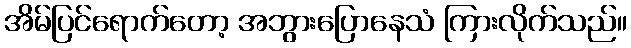
အိမ်ပြင်ရောက်တော့ အဘွားပြောနေသံ ကြားလိုက်သည်။